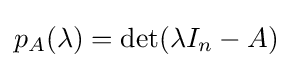
p_{A}(\lambda )=\det(\lambda I_{n}-A)